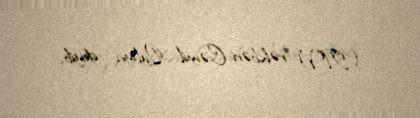
(İTV) rəhbəri Cəmil Quliyev deyib.